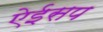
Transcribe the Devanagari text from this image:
ऐईसप